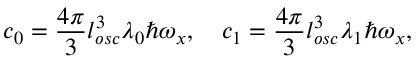
c _ { 0 } = \frac { 4 \pi } { 3 } l _ { o s c } ^ { 3 } \lambda _ { 0 } \hbar \omega _ { x } , \quad c _ { 1 } = \frac { 4 \pi } { 3 } l _ { o s c } ^ { 3 } \lambda _ { 1 } \hbar \omega _ { x } ,